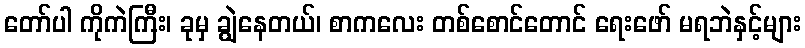
တော်ပါ ကိုကဲကြီး၊ ခုမှ ချွဲနေတယ်၊ စာကလေး တစ်စောင်တောင် ရေးဖော် မရဘဲနှင့်များ